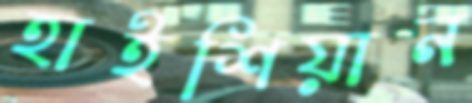
হাইশিয়ান